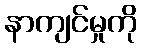
နာကျင်မှုကို